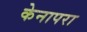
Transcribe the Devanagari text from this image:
केनापरा